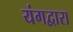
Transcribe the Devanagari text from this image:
यंगद्वारा